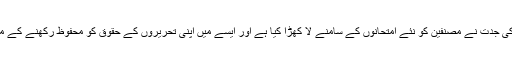
منتظمین کے مطابق ٹیکنالوجی کی جدت نے مصنفین کو نئے امتحانوں کے سامنے لا کھڑا کیا ہے اور ایسے میں اپنی تحریروں کے حقوق کو محفوظ رکھنے کے موضوع کی اہمیت بڑھ چکی ہے۔